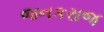
જનકરાજ